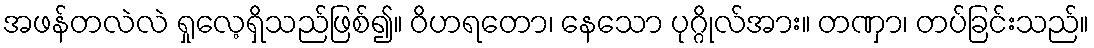
အဖန်တလဲလဲ ရှုလေ့ရှိသည်ဖြစ်၍။ ဝိဟရတော၊ နေသော ပုဂ္ဂိုလ်အား။ တဏှာ၊ တပ်ခြင်းသည်။